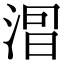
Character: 𣷤